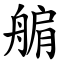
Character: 䑷